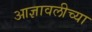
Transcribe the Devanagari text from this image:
आज्ञावलीच्या